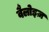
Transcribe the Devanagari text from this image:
वैलोइज़